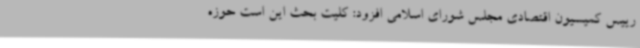
رییس کمیسیون اقتصادی مجلس شورای اسلامی افزود: کلیت بحث این است حوزه